Punjab Mental Hospital Lahore 1932-46 - 1932-1946
Year: 1932
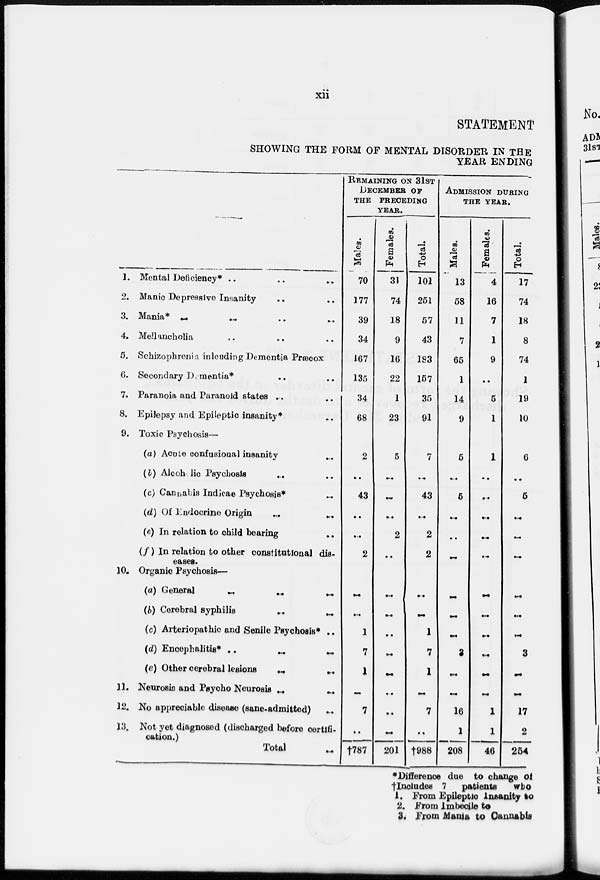
xii
STATEMENT
SHOWING THE FORM OF MENTAL DISORDER IN THE
YEAR ENDING
1.
2.
3.
4.
5.
6.
7.
8.
9.
10.
11.
12.
13.
Mental Deficiency* .. .. ..
Manic Depressive Insanity .. ..
Mania* .. .. .. ..
Mellancholia .. .. ..
Schizophrenia including Dementia Præcox
Secondary Dementia* .. ..
Paranoia and Paranoid states .. ..
Epilepsy and Epileptic insanity* ..
Toxic Psychosis—
(a) Acute confusional insanity ..
(b) Alcoholic Psychosis .. ..
(c) Cannabis Indicae Psychosis*
..
(d) Of Endocrine Origin .. ..
(e) In relation to child bearing ..
(f) In relation to other constitutional dis-
eases.
Organic Psychosis—
(a) General .. .. ..
(b) Cerebral syphilis .. ..
(c) Arteriopathic and Senile Psychosis* ..
(d) Encephalitis* ..
..
..
(e) Other cerebral lesions
..
..
Neurosis and Psycho Neurosis .. ..
No appreciable disease (sane-admitted) ..
Not yet diagnosed (discharged before certifi-
cation.)
Total ..
REMAINING ON 31ST
DECEMBER OF
THE PRECEDING
YEAR.
Males.
70
177
39
34
167
135
34
68
2
..
43
..
..
2
..
..
1
7
1
..
7
..
†787
Females.
31
74
18
9
16
22
1
23
5
..
..
..
2
..
..
..
..
..
..
..
..
..
201
Total.
101
251
57
43
183
157
35
91
7
..
43
..
2
2
..
..
1
7
1
..
7
..
†988
ADMISSION DURING
THE YEAR.
Males.
13
58
11
7
65
1
14
9
5
..
5
..
..
..
..
..
..
3
..
..
16
1
208
Females.
4
16
7
1
9
..
5
1
1
..
..
..
..
..
..
..
..
..
..
..
1
1
46
Total.
17
74
18
8
74
1
19
10
6
..
5
..
..
..
..
..
..
3
..
..
17
2
254
*Difference due to change of
†Includes 7 patients who
1. From Epileptic Insanity to
2. From Imbecile to
3. From Mania to Cannabis